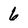
Character: 6